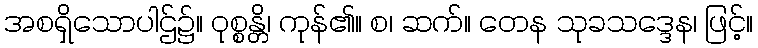
အစရှိသောပါဌ်၌။ ဝုစ္စန္တိ၊ ကုန်၏။ စ၊ ဆက်။ တေန သုခသဒ္ဒေန၊ ဖြင့်။